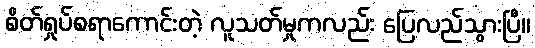
စိတ်ရှုပ်စရာကောင်းတဲ့ လူသတ်မှုကလည်း ပြေလည်သွားပြီ။